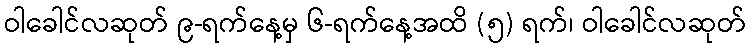
ဝါခေါင်လဆုတ် ၉-ရက်နေ့မှ ၆-ရက်နေ့အထိ (၅) ရက်၊ ဝါခေါင်လဆုတ်